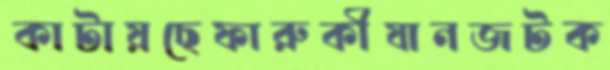
কাটায়ছেফারুকীযানজটক